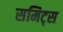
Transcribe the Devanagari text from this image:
समिट्स